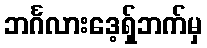
ဘင်္ဂလားဒေ့ရှ်ဘက်မှ